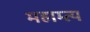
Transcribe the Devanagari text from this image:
महाम्त्य